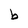
Character: b